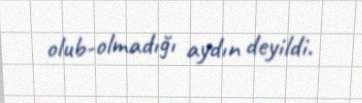
olub-olmadığı aydın deyildi.